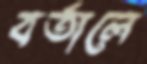
বর্তালে